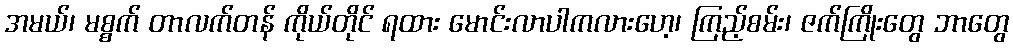
အမယ်၊ မစ္စက် တာလက်တန် ကိုယ်တိုင် ရထား မောင်းလာပါကလားဟေ့၊ ကြည့်စမ်း၊ ဇက်ကြိုးတွေ ဘာတွေ